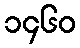
၁၄၆၀